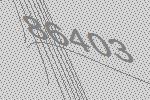
86403